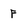
Character: F